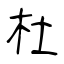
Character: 杜